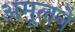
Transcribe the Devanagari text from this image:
अमूलने